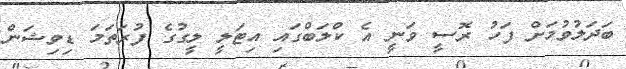
ބަދަލުވުމަށް ފަހު ރޮސީ ވަނީ އެ ކްލަބްގައި އިޓަލީ ލީގުގެ ފުރަތަމަ ޑިވިޝަން